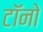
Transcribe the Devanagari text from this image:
टॉनो